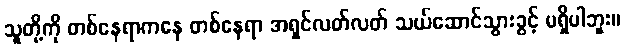
သူတို့ကို တစ်နေရာကနေ တစ်နေရာ အရှင်လတ်လတ် သယ်ဆောင်သွားခွင့် မရှိပါဘူး။